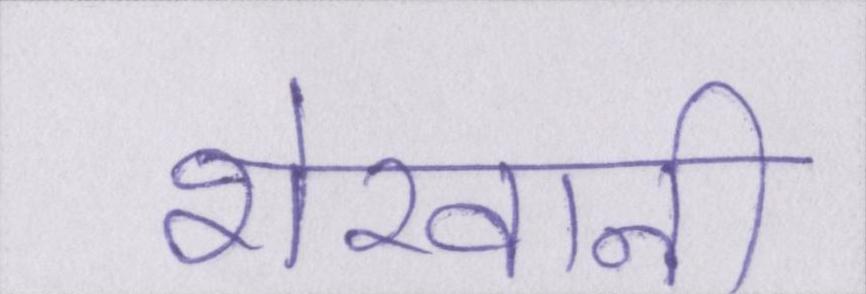
शेरवानी